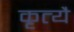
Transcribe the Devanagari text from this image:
कृत्यै